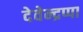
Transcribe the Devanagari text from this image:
देवेन्द्रप्पा